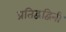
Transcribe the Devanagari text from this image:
प्रतिद्वंद्विनी